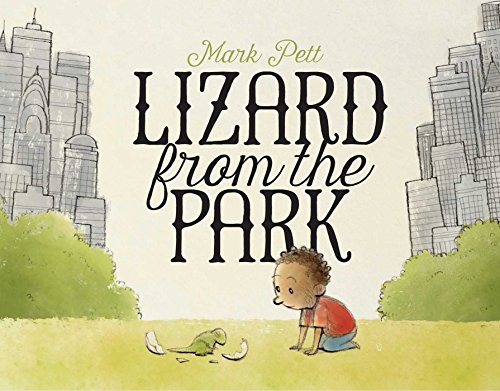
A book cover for Lizard from the Park; Mark Pett; Children's Books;